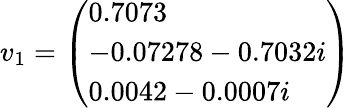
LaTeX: v_{1}={\left(\begin{array}{l}{0.7073}\\ {-0.07278-0.7032i}\\ {0.0042-0.0007i}\end{array}\right)}